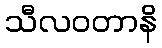
သီလဝတာနိ